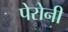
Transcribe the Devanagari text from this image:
पेरोनी